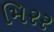
મિરર